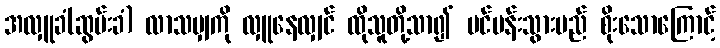
အလှူခံ(ဆွမ်းခံ) လာသမျှကို လှူနေလျှင် ထိုသူတို့သာ၍ ပင်ပန်းသွားမည် စိုးသောကြောင့်